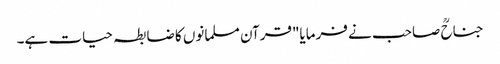
جناحؒ صاحب نے فرمایا"قرآن مسلمانوں کا ضابطہ حیات ہے۔